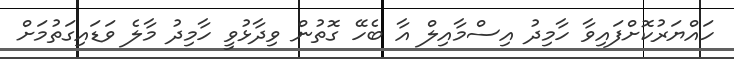
ހައްޔަރުކޮށްފައިވާ ހާމިދު އިސްމާއިލް އާ ބެހޭ ގޮތުން ވިދާޅުވީ ހާމިދު މާލެ ވަޑައިގަތުމަށް